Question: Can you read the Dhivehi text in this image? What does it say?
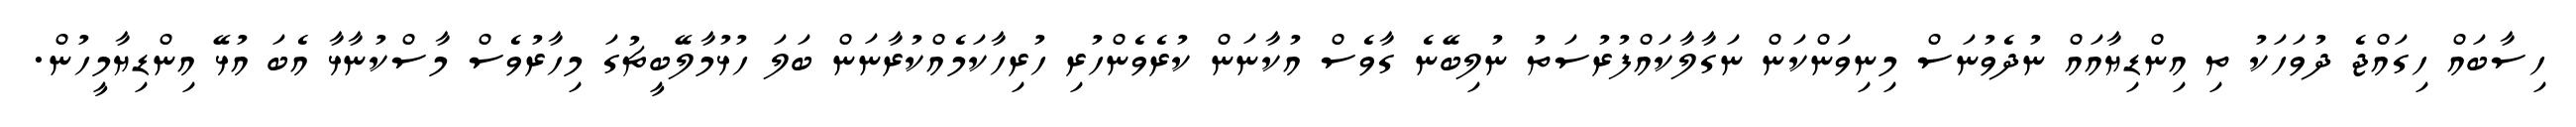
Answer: ހިސާބައް ހިގައްޖެ ދުވަހަކު ތި އިންޑިޔާއައް ނުދެވުނަސް މިނިވަންކަން ނަގާލާކައްފުރުސަތު ނުލިބޭނެ ގާވެސް އުކާނަން ކުރެވެންހުރި ހުރިހާކަމެއްކުރާނަން ބަލަ ހުޅުމާލޭބީޗުގަ މިހާރުވެސް މާސްކުނާޅާ އެބަ އުޅޭ އިންޑިޔާމީހުން.